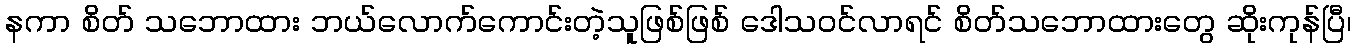
နကာ စိတ် သဘောထား ဘယ်လောက်ကောင်းတဲ့သူဖြစ်ဖြစ် ဒေါသဝင်လာရင် စိတ်သဘောထားတွေ ဆိုးကုန်ပြီ၊